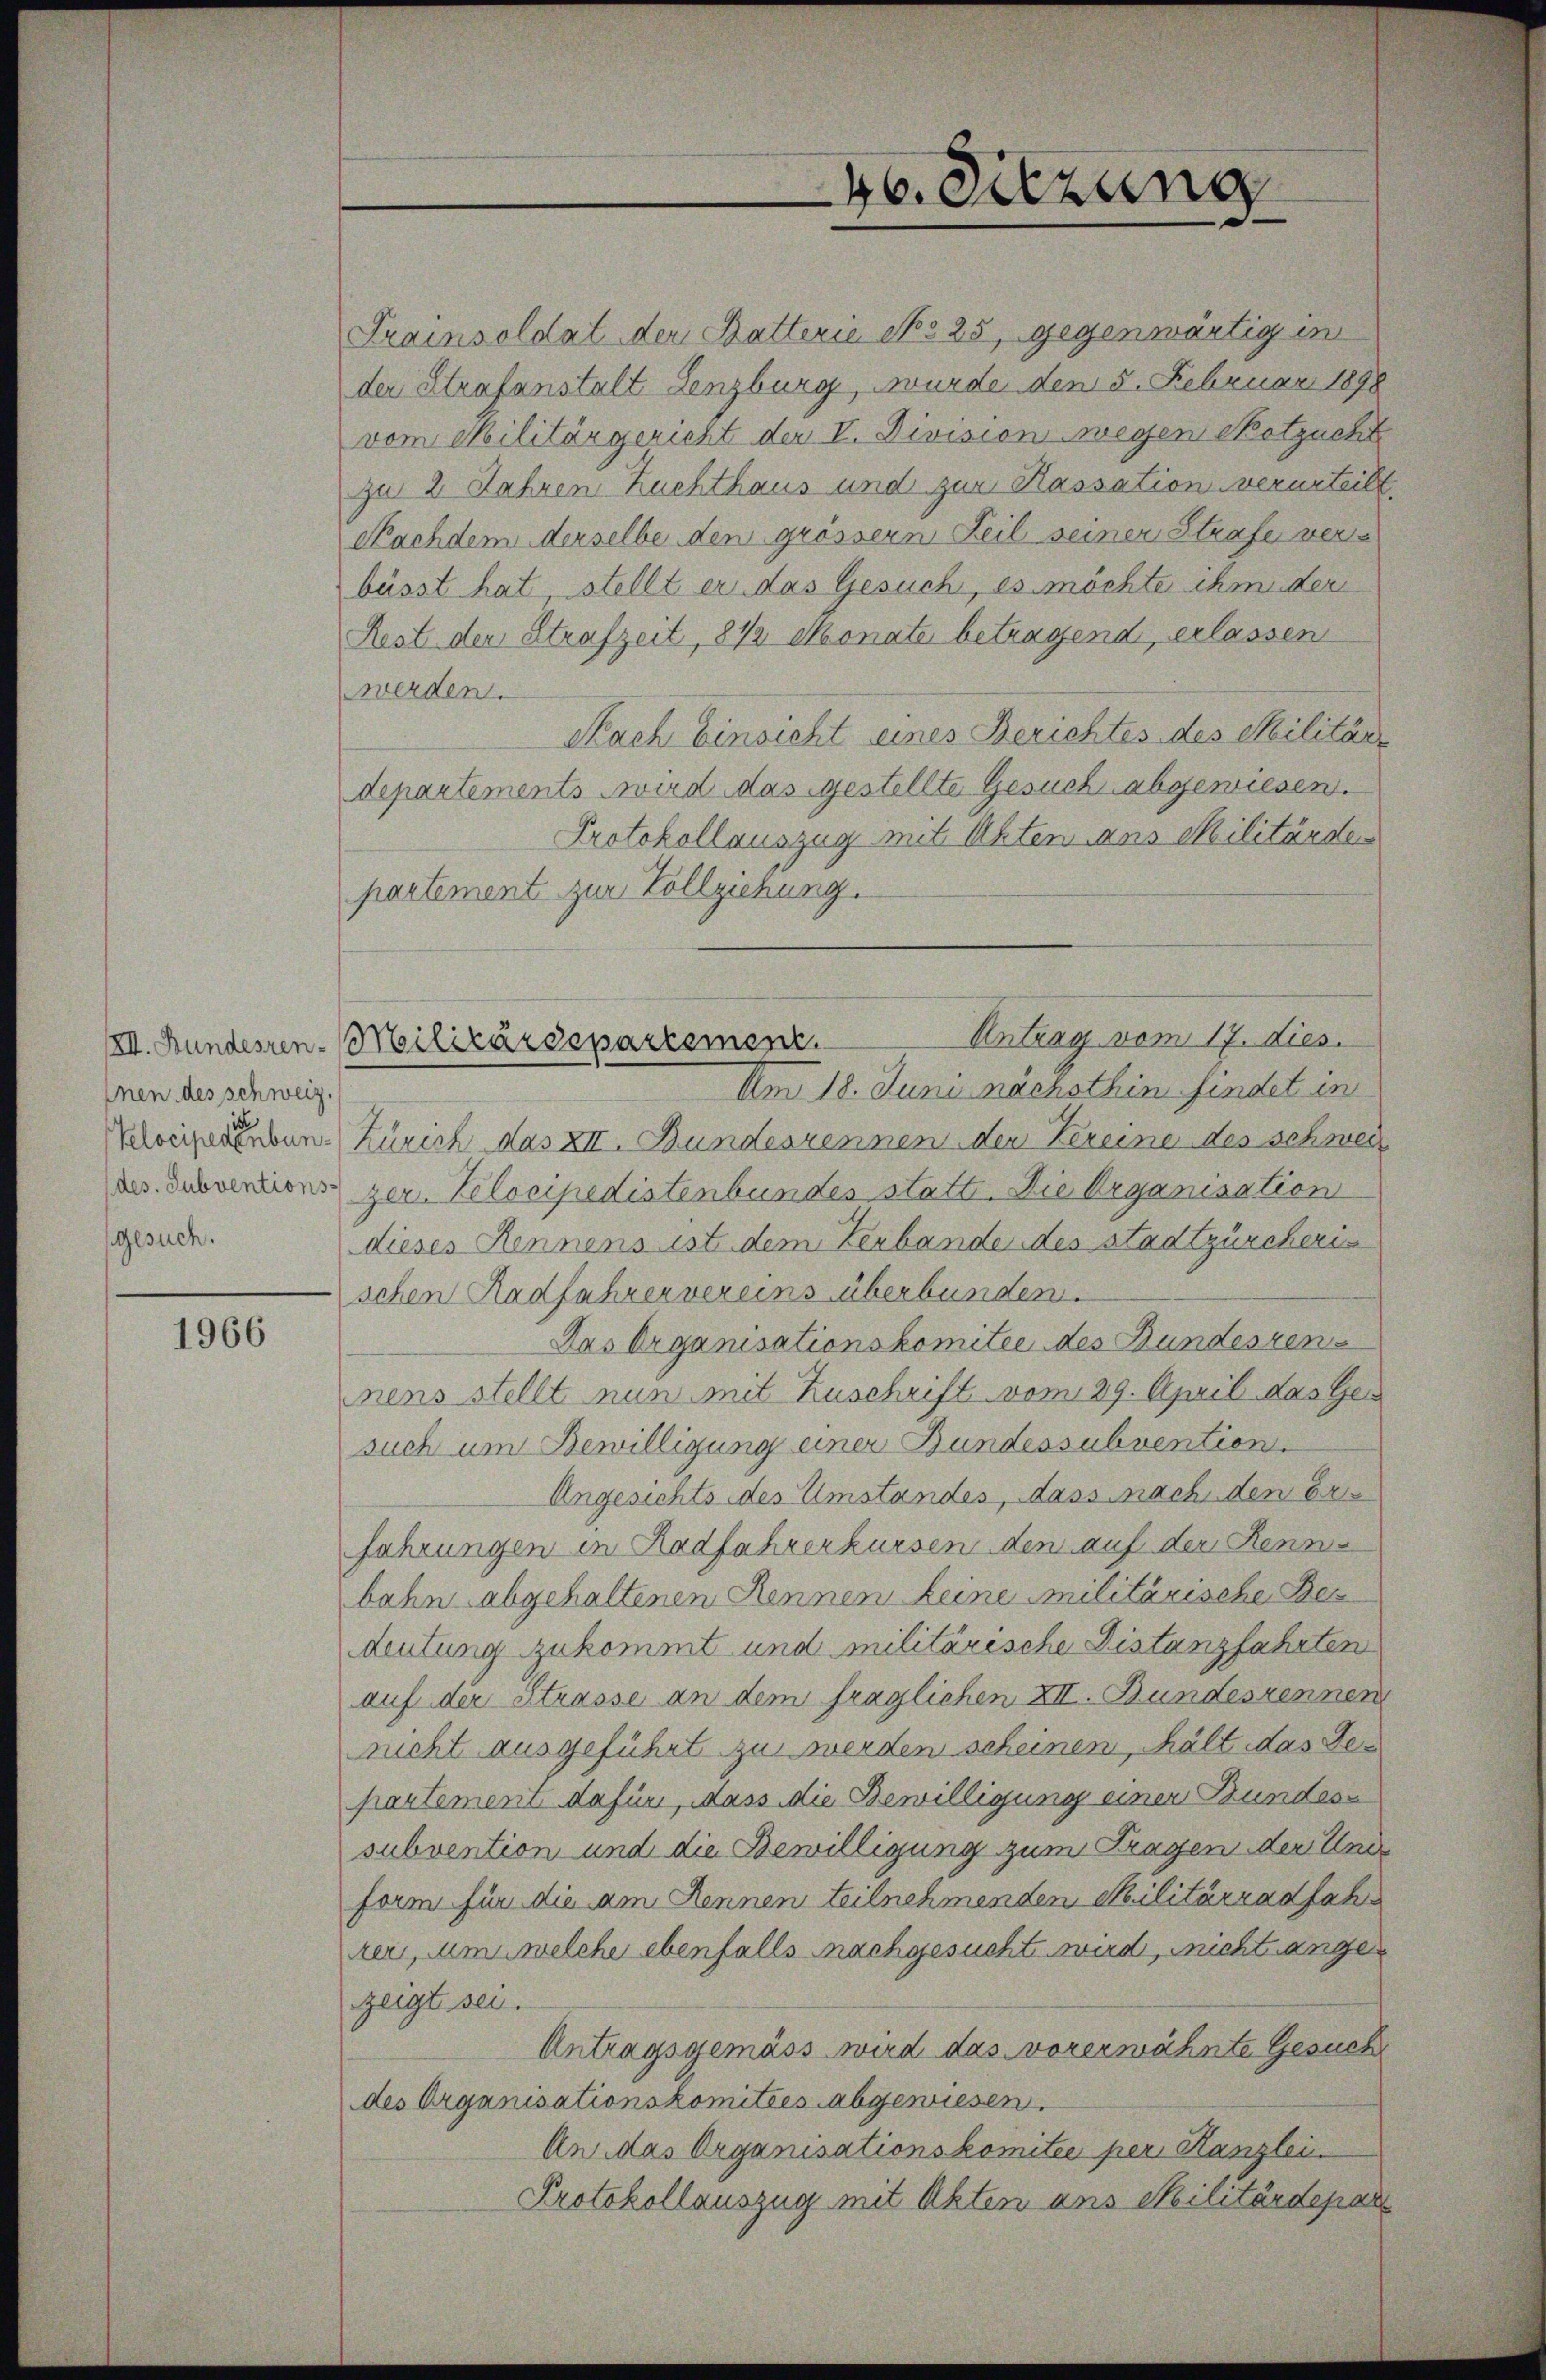
nen des schweiz.
gesuch.

1966

Trainsoldat der Batterie No 25, gegenwärtig im
der Strafanstalt Lenzburg, wurde den 5. Februar 1898
vom Militärgericht der V. Division wegen Hotzucht
zu 2 Jahren Zuchthaus und zur Hassation verurteile
Nachdem derselbe den grössern Teil seiner Strafe verbüsst hat, stellt er das Gesuch, es möchte ihm der
Rest der Strafzeit, 8 1/2 Monate betragend, erlassen
werden.
Nach Einsicht eines Berichtes des Militär-
departements wird das gestellte Gesuch abgewiesen.
Protokollauszug mit Akten aus Militärder
partement zur Vollziehung.
Antrag vom 17. dies
Am 18. Juni nächsthin findet in
oeizerinnen. Zürich das XII. Bundesrennen den Vereine des schweiz
des Subventions zur Velocipedistenbundes statte. Die Organisation
dieses Rennens ist dem Verbande des stadtzürcher
schen Radfahrer vereins überbunden.
Das Organisationskomitee des Bundesrenmens stellt nun mit Zuschrift vom 29. April das Gesuch um Bewilligung einer Bundessubvention.
Angesichts des Umstandes, dass nach den Er
fahrungen in Radfahrerkursen den auf der Kennbahn abgehaltenen Rennen keine Militärische Be
deutung zukommt und militärische Distanzfahrten
auf der Strasse an dem fraglichen XII. Bundeszennen
nicht ausgeführt zu werden scheinen, hält das Departement dafür, dass die Bewilligung einer Bundessubvention und die Bewilligung zum Fragen der Unde
form für die am Rennen teilnehmenden Militärzadfahrer, um welche ebenfalls nachgesucht wird, nicht angezeigte sei.
Antragsgemäss wird das vorerwähnte Gesuche
des Organisationskomitées abgewiesen.
An das Organisationskomitée per Kanzlei.
Protokollauszug mit Akten aus Militärdepar

VII. Bundesren-Militärdepartement

46. Sitzung